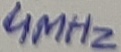
Text: 4MHz